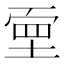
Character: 𡎄